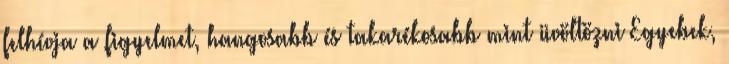
felhívja a figyelmet, hangosabb és takarékosabb mint üvöltözni Egyebek,